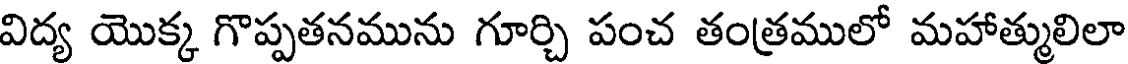
విద్య యొక్క గొప్పతనమును గూర్చి పంచ తంత్రములో మహాత్ములిలా